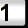
Digit: 1